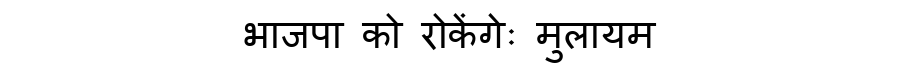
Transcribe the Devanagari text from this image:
भाजपा को रोकेंगेः मुलायम